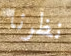
نظرنا